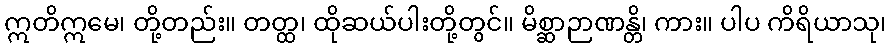
ဣတိဣမေ၊ တို့တည်း။ တတ္ထ၊ ထိုဆယ်ပါးတို့တွင်။ မိစ္ဆာဉာဏန္တိ၊ ကား။ ပါပ ကိရိယာသု၊